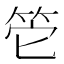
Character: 𥬌